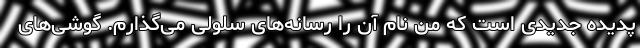
پدیده جدیدی است که من نام آن را رسانه‌های سلولی می‌گذارم. گوشی‌های